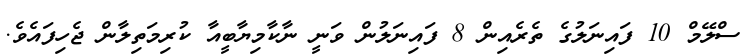
ސްލޭމް 10 ފައިނަލުގެ ތެރެއިން 8 ފައިނަލުން ވަނީ ނާކާމިޔާބީއާ ކުރިމަތިލާން ޖެހިފައެވެ.